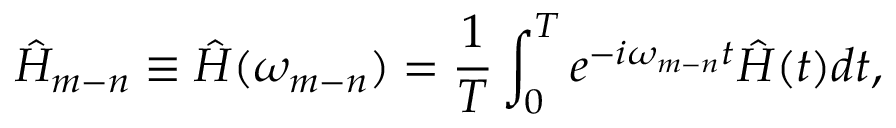
\hat { H } _ { m - n } \equiv \hat { H } ( \omega _ { m - n } ) = \frac { 1 } { T } \int _ { 0 } ^ { T } e ^ { - i \omega _ { m - n } t } \hat { H } ( t ) d t ,